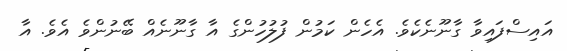
އައިސްފައިވާ ގާނޫނެކެވެ. އެހެން ކަމުން ފުލުހުންގެ އާ ގާނޫނެއް ބޭނުންވެ އެވެ. އާ